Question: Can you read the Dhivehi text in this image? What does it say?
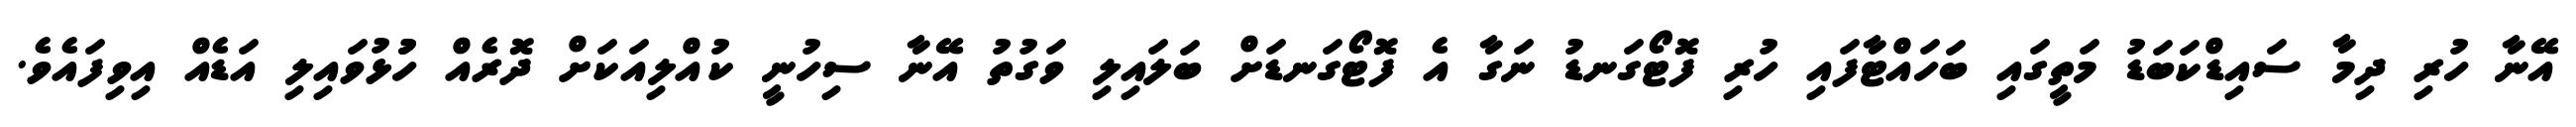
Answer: އޭނާ ހުރި ދިމާ ސައިޑްކަބަޑު މަތީގައި ބަހައްޓާފައި ހުރި ފޮޓޯގަނޑު ނަގާ އެ ފޮޓޯގަނޑަށް ބަލައިލި ވަގުތު އޭނާ ސިހުނީ ކުއްލިއަކަށް ދޮރެއް ހުުޅުވައިލި އަޑެއް އިވިފައެވެ.